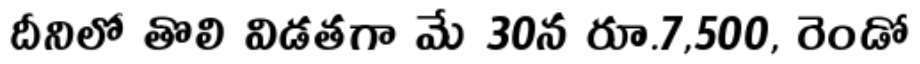
దీనిలో తొలి విడతగా మే 30న రూ.7,500, రెండో